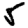
Digit: 5